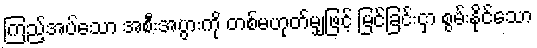
ကြည့်အပ်သော အစီးအပွားကို တစ်မဟုတ်မျှဖြင့် မြင်ခြင်းငှာ စွမ်းနိုင်သော